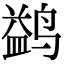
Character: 鹢